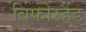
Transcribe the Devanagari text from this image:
बिफोरहैंड